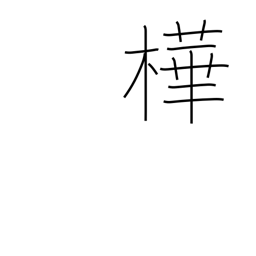
Meaning: dark red